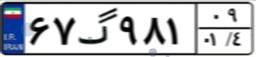
۶۷گ۹۸۱۰۹